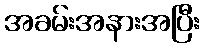
အခမ်းအနားအပြီး